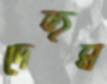
দেহুম